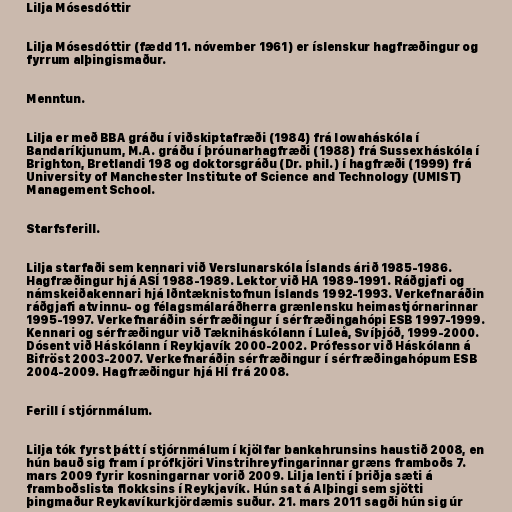
Lilja Mósesdóttir

Lilja Mósesdóttir (fædd 11. nóvember 1961) er íslenskur hagfræðingur og
fyrrum alþingismaður.

Menntun.

Lilja er með BBA gráðu í viðskiptafræði (1984) frá Iowaháskóla í
Bandaríkjunum, M.A. gráðu í þróunarhagfræði (1988) frá Sussexháskóla í
Brighton, Bretlandi 198 og doktorsgráðu (Dr. phil.) í hagfræði (1999) frá
University of Manchester Institute of Science and Technology (UMIST)
Management School.

Starfsferill.

Lilja starfaði sem kennari við Verslunarskóla Íslands árið 1985-1986.
Hagfræðingur hjá ASÍ 1988-1989. Lektor við HA 1989-1991. Ráðgjafi og
námskeiðakennari hjá Iðntæknistofnun Íslands 1992-1993. Verkefnaráðin
ráðgjafi atvinnu- og félagsmálaráðherra grænlensku heimastjórnarinnar
1995-1997. Verkefnaráðin sérfræðingur í sérfræðingahópi ESB 1997-1999.
Kennari og sérfræðingur við Tækniháskólann í Luleå, Svíþjóð, 1999-2000.
Dósent við Háskólann í Reykjavík 2000-2002. Prófessor við Háskólann á
Bifröst 2003-2007. Verkefnaráðin sérfræðingur í sérfræðingahópum ESB
2004-2009. Hagfræðingur hjá HÍ frá 2008.

Ferill í stjórnmálum.

Lilja tók fyrst þátt í stjórnmálum í kjölfar bankahrunsins haustið 2008, en
hún bauð sig fram í prófkjöri Vinstrihreyfingarinnar græns framboðs 7.
mars 2009 fyrir kosningarnar vorið 2009. Lilja lenti í þriðja sæti á
framboðslista flokksins í Reykjavík. Hún sat á Alþingi sem sjötti
þingmaður Reykavíkurkjördæmis suður. 21. mars 2011 sagði hún sig úr